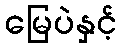
မြေပဲနှင့်